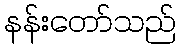
နန်းတော်သည်